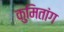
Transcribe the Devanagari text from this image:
कुमितांग